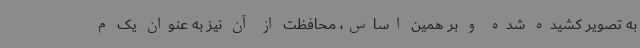
به تصویر کشیده شده و بر همین اساس، محافظت از آن نیز به عنوان یک م